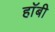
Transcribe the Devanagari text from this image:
हाॅबी